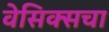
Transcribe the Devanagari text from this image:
वेसिक्सचा